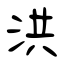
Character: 洪